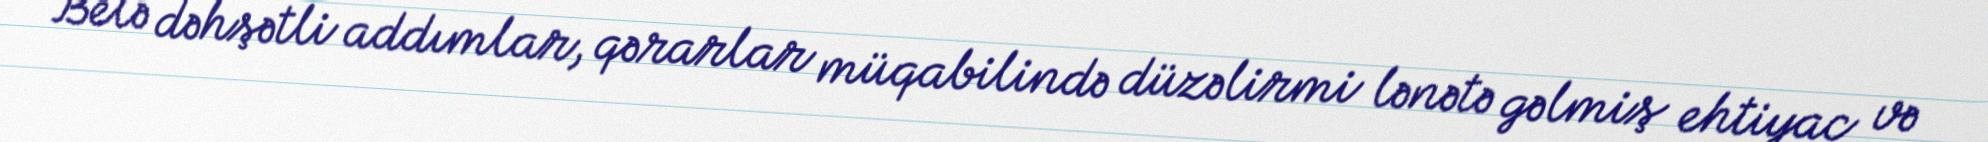
Belə dəhşətli addımlar, qərarlar müqabilində düzəlirmi lənətə gəlmiş ehtiyac və